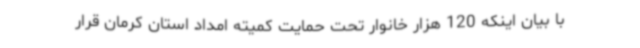
با بیان اینکه 120 هزار خانوار تحت حمایت کمیته امداد استان کرمان قرار